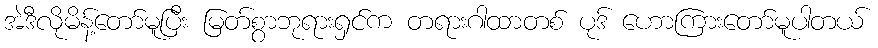
အဲဒီလိုမိန့်တော်မူပြီး မြတ်စွာဘုရားရှင်က တရားဂါထာတစ် ပုဒ် ဟောကြားတော်မူပါတယ်